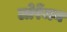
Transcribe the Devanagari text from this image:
लोरेंजन